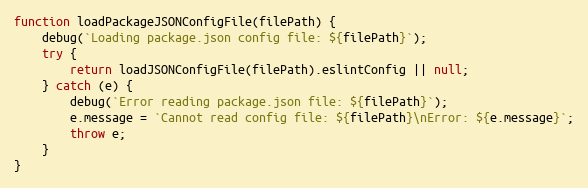
Language: JavaScript
function loadPackageJSONConfigFile(filePath) {
    debug(`Loading package.json config file: ${filePath}`);
    try {
        return loadJSONConfigFile(filePath).eslintConfig || null;
    } catch (e) {
        debug(`Error reading package.json file: ${filePath}`);
        e.message = `Cannot read config file: ${filePath}\nError: ${e.message}`;
        throw e;
    }
}